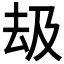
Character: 𠫳